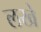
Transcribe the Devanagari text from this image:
लखे